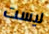
ليست